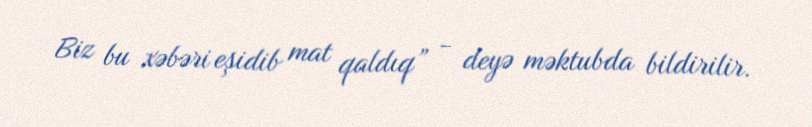
Biz bu xəbəri eşidib mat qaldıq” - deyə məktubda bildirilir.